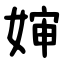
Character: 婶